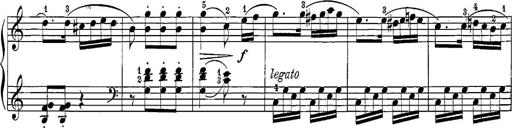
Title: 12 Sonatine per Pianoforte
Composer: Friedrich Kuhlau